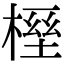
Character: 𣖭